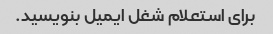
برای استعلام شغل ایمیل بنویسید.